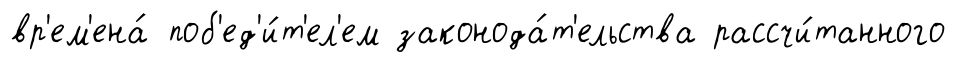
вр'ем'ена́ поб'ед'и́т'ел'ем законода́т'ельства рассчи́танного